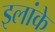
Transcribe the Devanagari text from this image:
इलांके